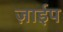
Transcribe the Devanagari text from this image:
ज़ाईप